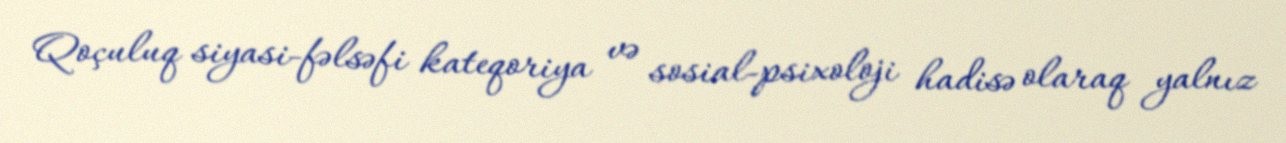
Qoçuluq siyasi-fəlsəfi kateqoriya və sosial-psixoloji hadisə olaraq yalnız